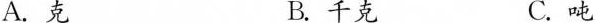
A.克 B.千克 C.吨